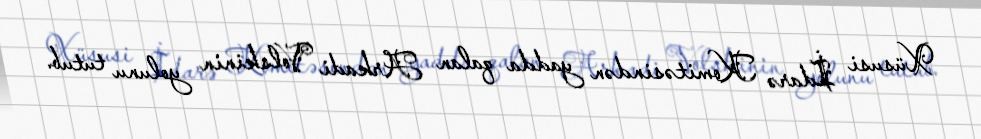
Xüsusi İdarə Komitəsindən yadda qalan Arkadi Volskinin yolunu tutub.